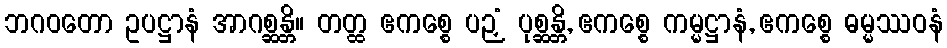
ဘဂဝတော ဥပဋ္ဌာနံ အာဂစ္ဆန္တိ။ တတ္ထ ဧကစ္စေ ပဉှံ ပုစ္ဆန္တိ, ဧကစ္စေ ကမ္မဋ္ဌာနံ, ဧကစ္စေ ဓမ္မဿဝနံ